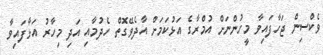
ވެކްސިން ޖަހާފައިވާ މީހުންނަށް އުމްރާގެ އަޅުކަމަށް އާދެވޭގޮތް ހެދުމާއި އަދި މިހާރު އަޅާފައިވާ